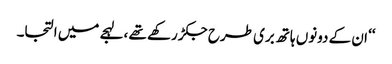
‘‘ ان کے دونوں ہاتھ بری طرح جکڑ رکھے تھے ،لہجے میں التجا۔